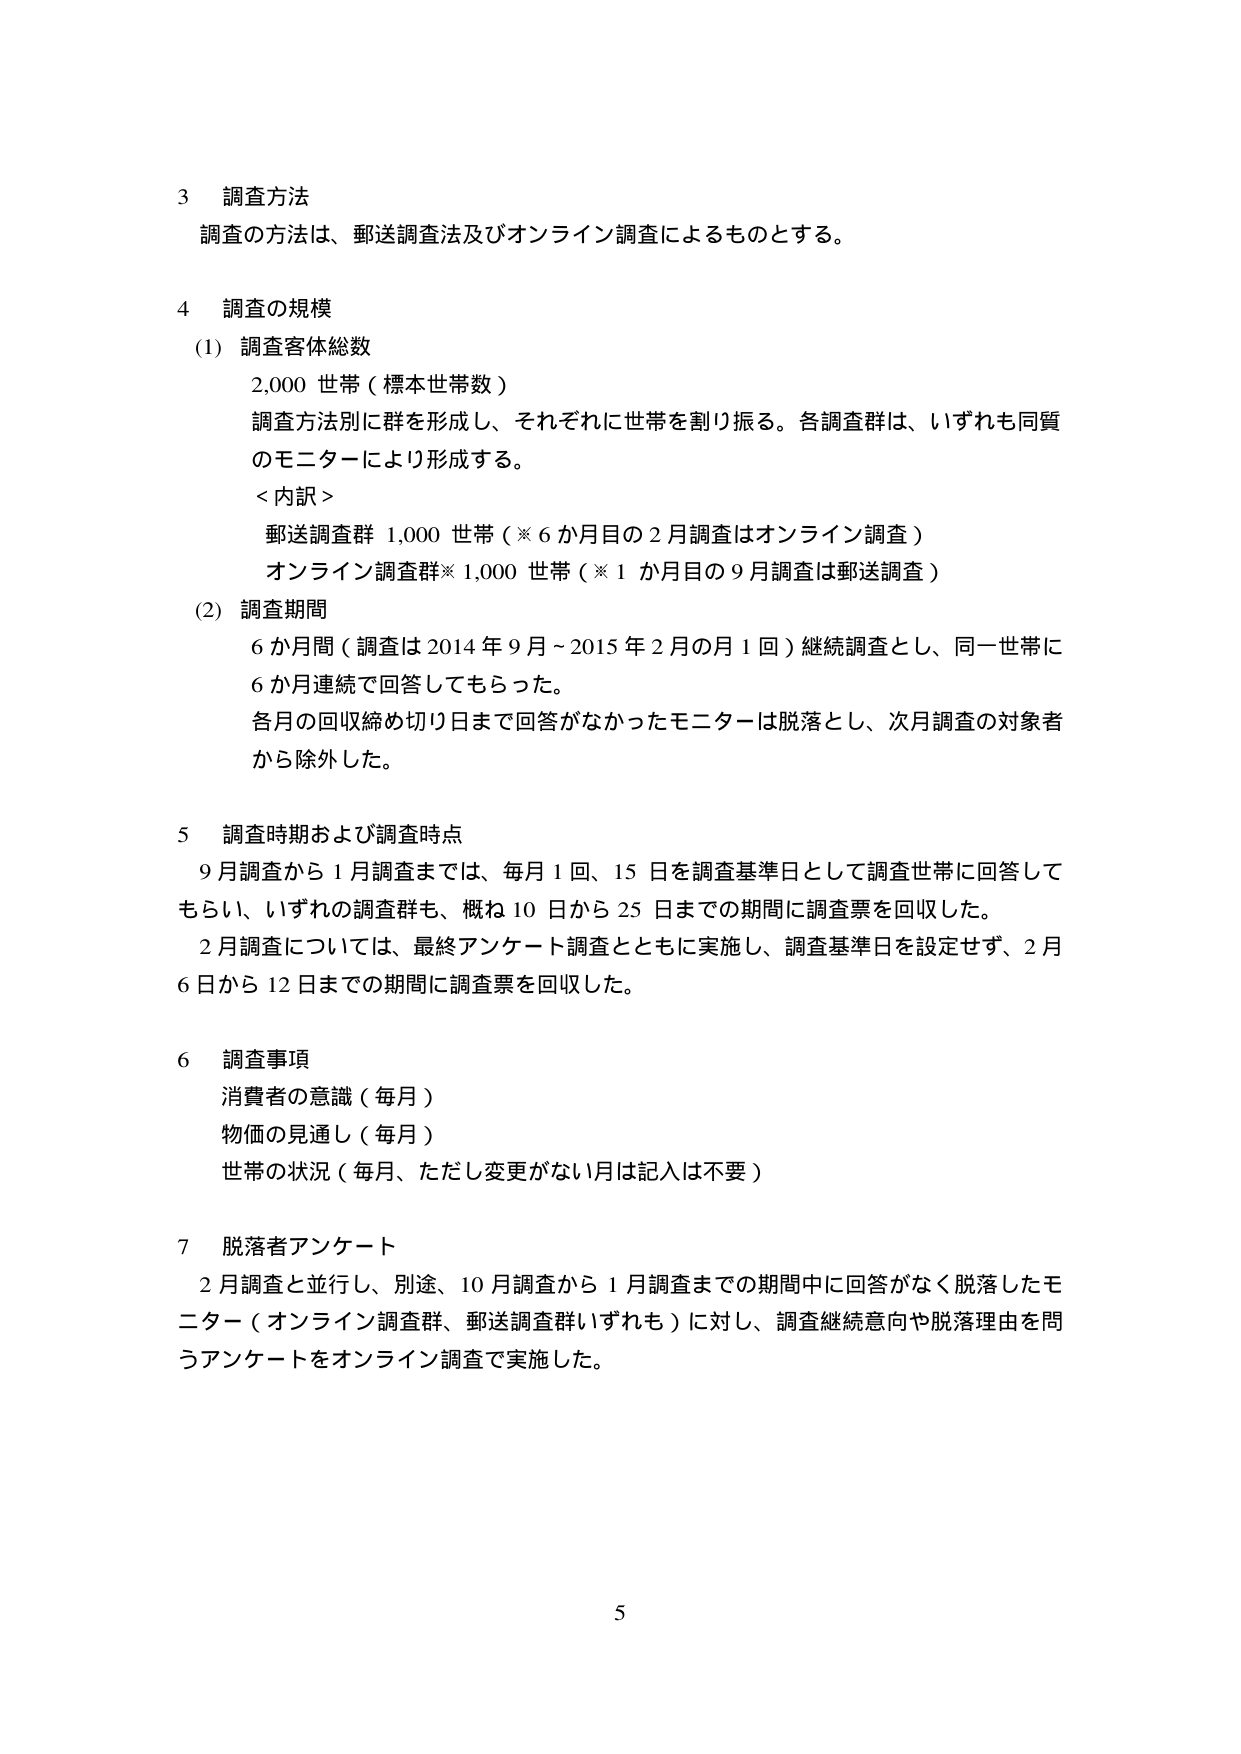
3 調査方法
調査の方法は、郵送調査法及びオンライン調査によるものとする。

4 調査の規模
(1) 調査客体総数
　2,000 世帯（標本世帯数）
　調査方法別に群を形成し、それぞれに世帯を割り振る。各調査群は、いずれも同質のモニターにより形成する。
　＜内訳＞
　　郵送調査群 1,000 世帯（※6か月目の2月調査はオンライン調査）
　　オンライン調査群※1,000 世帯（※1か月目の9月調査は郵送調査）
(2) 調査期間
　6か月間（調査は2014年9月～2015年2月の月1回）継続調査とし、同一世帯に6か月連続で回答してもらった。
　各月の回収締め切り日まで回答がなかったモニターは脱落とし、次月調査の対象者から除外した。

5 調査時期および調査時点
　9月調査から1月調査までは、毎月1回、15日を調査基準日として調査世帯に回答してもらい、いずれの調査群も、概ね10日から25日までの期間に調査票を回収した。
　2月調査については、最終アンケート調査とともに実施し、調査基準日を設定せず、2月6日から12日までの期間に調査票を回収した。

6 調査事項
　消費者の意識（毎月）
　物価の見通し（毎月）
　世帯の状況（毎月、ただし変更がない月は記入は不要）

7 脱落者アンケート
　2月調査と並行し、別途、10月調査から1月調査までの期間中に回答がなく脱落したモニター（オンライン調査群、郵送調査群いずれも）に対し、調査継続意向や脱落理由を問うアンケートをオンライン調査で実施した。

5